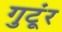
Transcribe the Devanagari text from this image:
गुटूंर